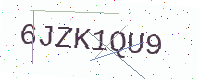
Text: 6JZK1QU9